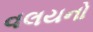
વલયનો